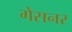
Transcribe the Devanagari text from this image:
गेसनर